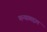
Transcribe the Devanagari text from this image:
मन्याबद्दल